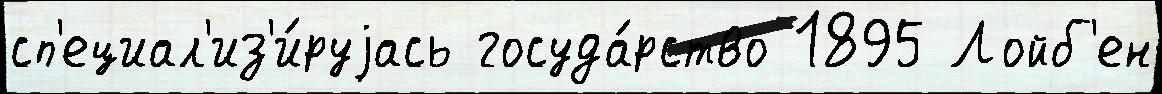
сп'ециал'из'и́руjась госуда́рство 1895 Лойб'ен